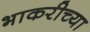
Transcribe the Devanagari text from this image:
भाकरीच्या